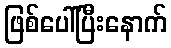
ဖြစ်ပေါ်ပြီးနောက်